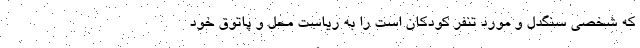
که شخصی سنگدل و مورد تنفر کودکان است را به ریاست محل و پاتوق خود